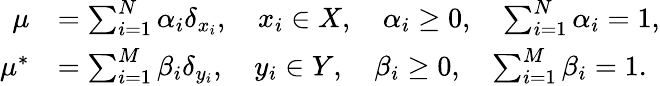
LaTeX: \begin{array}{rl}{\mu}&{=\sum_{i=1}^{N}\alpha_{i}\delta_{x_{i}},\quad x_{i}\in X,\quad\alpha_{i}\geq 0,\quad\sum_{i=1}^{N}\alpha_{i}=1,}\\ {\mu^{\ast}}&{=\sum_{i=1}^{M}\beta_{i}\delta_{y_{i}},\quad y_{i}\in Y,\quad\beta_{i}\geq 0,\quad\sum_{i=1}^{M}\beta_{i}=1.}\end{array}